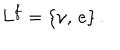
L ^ { f } = \{ \nu , \, e \} \, .